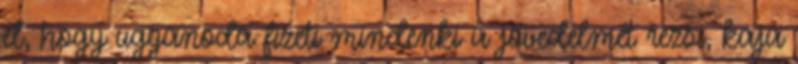
el, hogy ugyanoda fizeti mindenki a jövedelmét rezsi, kaja